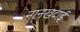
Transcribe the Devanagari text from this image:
नानखटाई